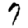
Digit: 7